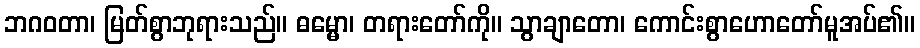
ဘဂဝတာ၊ မြတ်စွာဘုရားသည်။ ဓမ္မော၊ တရားတော်ကို။ သွာချာတော၊ ကောင်းစွာဟောတော်မူအပ်၏။